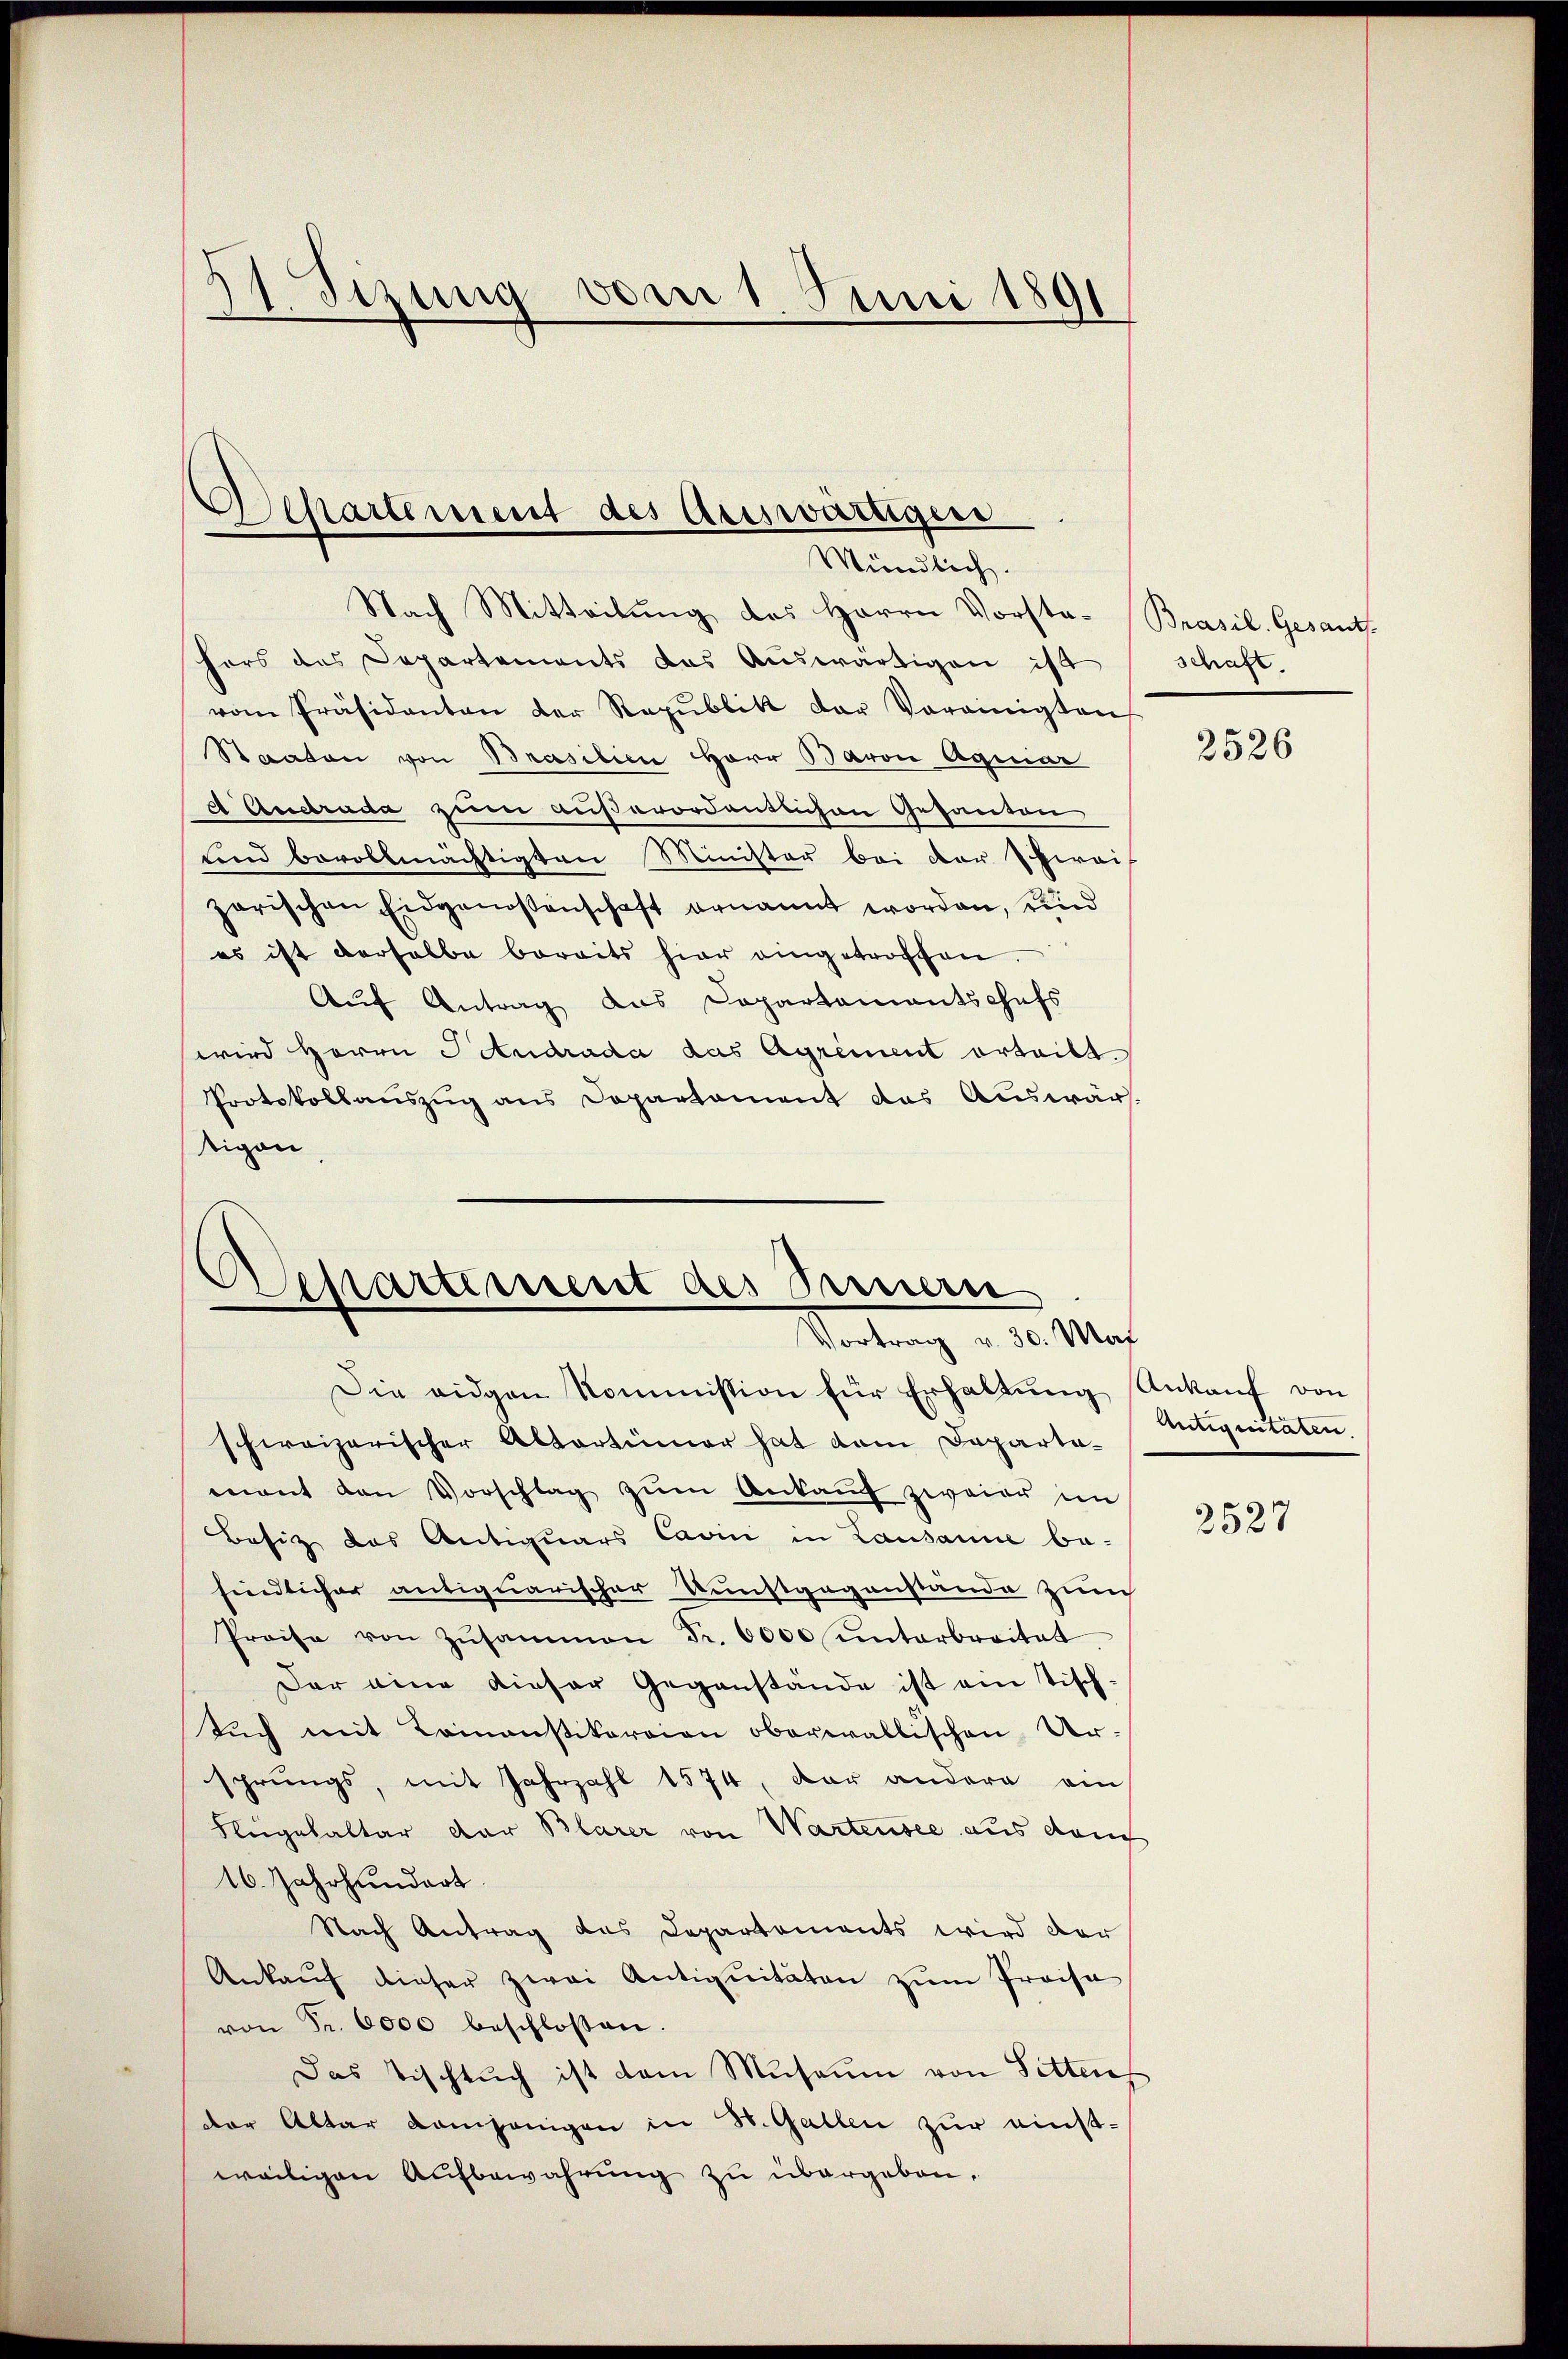
)
Jihung vom 1. Juni 1891

Separtement des Auswärtigen
Mündlich.

Nach Mitteilung des Herrn Vorsta-Brasil. Gesants.
hers des Departements das Auswärtigen ist
vom Präsidenten der Rapŭblik der Vereinigten
Staaten von Brasilien Herr Baron Aquiar
d Andrada zum außerordentlichen Gesanden
tend bevollmächtigten Minister bei der zwei
zorischen Eidgenossenschaft ernannt worden, und
es ist verhalbe bereits hier eingetroffen.
Auf Antrag aus Departamentschefs
wird Herrn Ictudrada das Agrement erteilt.
Protokollauszug aus Departament das Auswär-
tigen

Asepartement des Innern
Vortrag v. 30. Mai

Die eidgen Kommission für Erhaltung Ankauf von
schweizerischer Altartinner hat dem Departamant den Vorschlag zŭm Ankauf zweier im
Besitz des Antiquars Cavin in Lausanne be-
findlicher antiquarischer Kunstgegenstände zum
Preise von Zŭsammen Fr. 6000 ŭnterbreitet
Der eine dieser Gegenstände ist am Tisch-
Aŭch mit Tomansitoreien oberwaltischen Ur-
sprungs, mit Jahrzahl 1574, der andern ein
Flügehalter der Blarer von Wartensee aus dan
16. Jahrhundart
Nach Antrag das Departements wird der
Ankaŭf dieser zwei Antiquitäten zŭm Preisa
von Fr. 6000 beschlossen.
Das Tischsuch ist dem Museum von Sitten
der Altar Kamhänigen in St. Gallen zur einstweiligen Aufbewahrung zu übergeben.

schaft.

2526

mitiquitaten

2527